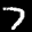
Label: 7